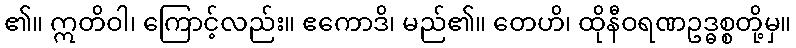
၏။ ဣတိဝါ၊ ကြောင့်လည်း။ ဧကောဒိ၊ မည်၏။ တေဟိ၊ ထိုနီဝရဏဥဒ္ဓစ္စတို့မှ။